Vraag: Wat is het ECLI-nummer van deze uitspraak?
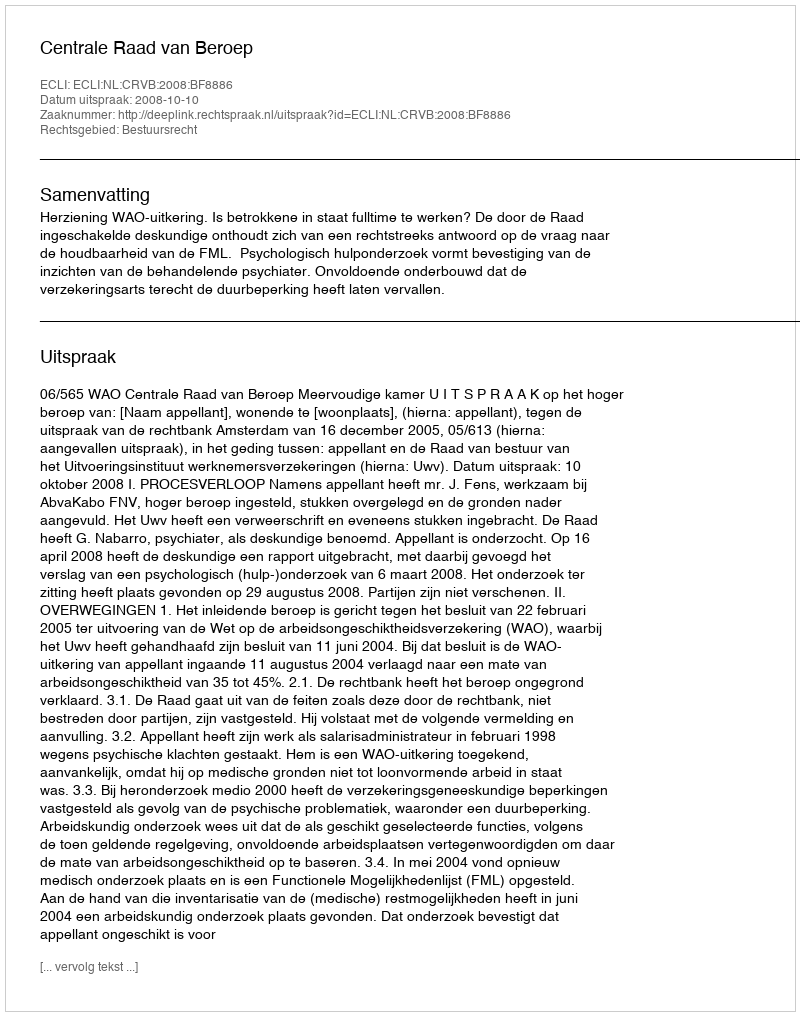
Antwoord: ECLI:NL:CRVB:2008:BF8886